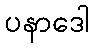
ပနာဒေါ